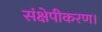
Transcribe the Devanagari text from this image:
संक्षेपीकरण।